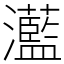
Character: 灆